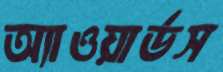
অ্যাওয়ার্ডস